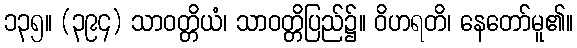
၁၃၅။ (၃၉၄) သာဝတ္တိယံ၊ သာဝတ္တိပြည်၌။ ဝိဟရတိ၊ နေတော်မူ၏။